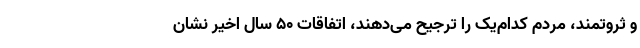
و ثروتمند، مردم کدام‌یک را ترجیح می‌دهند، اتفاقات 50 سال اخیر نشان